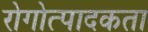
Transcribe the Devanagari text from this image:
रोगोत्पादकता